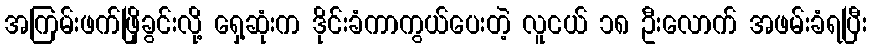
အကြမ်းဖက်ဖြိုခွင်းလို့ ရှေ့ဆုံးက ဒိုင်းခံကာကွယ်ပေးတဲ့ လူငယ် ၁၈ ဦးလောက် အဖမ်းခံရပြီး